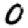
Digit: 0